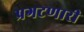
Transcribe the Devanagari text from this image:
प्रगटणारी